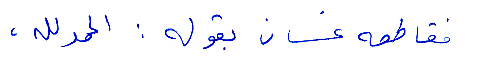
فقاطعه غسان بقوله: الحمدالله،